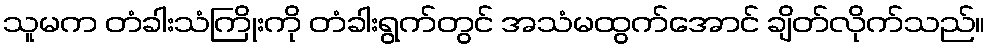
သူမက တံခါးသံကြိုးကို တံခါးရွက်တွင် အသံမထွက်အောင် ချိတ်လိုက်သည်။